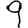
Digit: 9